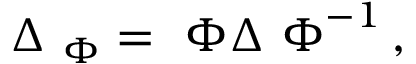
\Delta _ { { \ \Phi } } = { \ \Phi } \Delta { \ \Phi } ^ { - 1 } \, ,